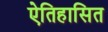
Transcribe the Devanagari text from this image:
ऐतिहासित